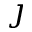
\jmath